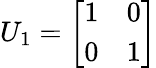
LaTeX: U_{1}={\left[\begin{array}{ll}{1}&{0}\\ {0}&{1}\end{array}\right]}